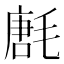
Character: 㲥